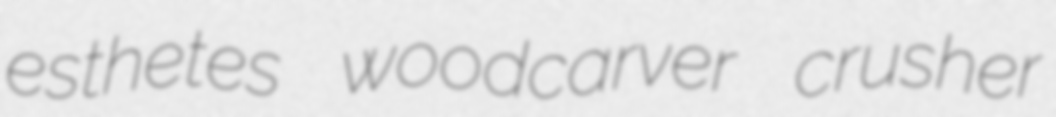
esthetes woodcarver crusher